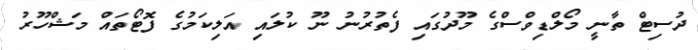
ދުސިޓް ތާނީ މޯލްޑިވްސްގެ މޫދުގައި ފެތުރުނު ނޫ ކުލައި އަލިކަމުގެ ފޮޓޯތައް މަޝްހޫރު